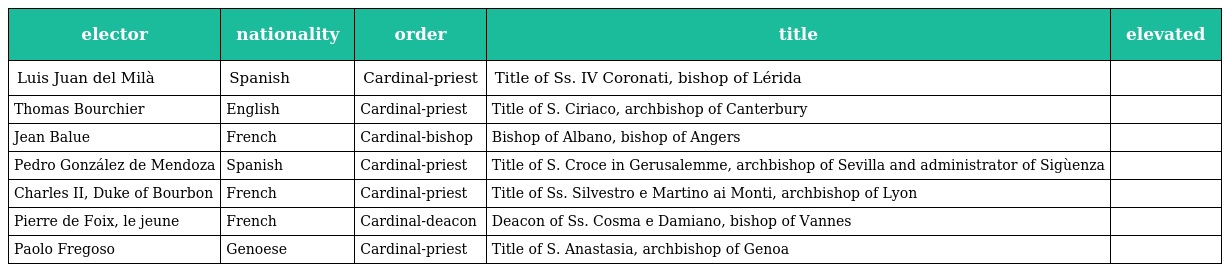
| elector | nationality | order | title | elevated |
 | --- | --- | --- | --- | --- |
 | Luis Juan del Milà | Spanish | Cardinal-priest | Title of Ss. IV Coronati, bishop of Lérida |  |
 | Thomas Bourchier | English | Cardinal-priest | Title of S. Ciriaco, archbishop of Canterbury |  |
 | Jean Balue | French | Cardinal-bishop | Bishop of Albano, bishop of Angers |  |
 | Pedro González de Mendoza | Spanish | Cardinal-priest | Title of S. Croce in Gerusalemme, archbishop of Sevilla and administrator of Sigùenza |  |
 | Charles II, Duke of Bourbon | French | Cardinal-priest | Title of Ss. Silvestro e Martino ai Monti, archbishop of Lyon |  |
 | Pierre de Foix, le jeune | French | Cardinal-deacon | Deacon of Ss. Cosma e Damiano, bishop of Vannes |  |
 | Paolo Fregoso | Genoese | Cardinal-priest | Title of S. Anastasia, archbishop of Genoa |  |